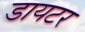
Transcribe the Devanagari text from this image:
डायटर